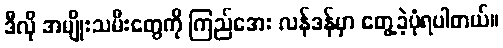
ဒီလို အမျိုးသမီးတွေကို ကြည်အေး လန်ဒန်မှာ တွေ့ခဲ့ပုံရပါတယ်။